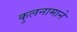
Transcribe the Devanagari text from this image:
कुलनामाने